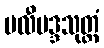
ဗလီဗဒ္ဒသုတ္တံ